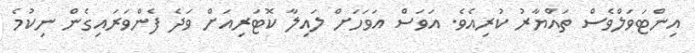
އިންޓަވަލްވެސް ތައްޔާރު ކުރިއެވެ. އަވަސް އަވަހަށް ލައިލާ ކޮޓަރިއަށް ވަދެ ފެންވަރައިގެން ނިކުމެ